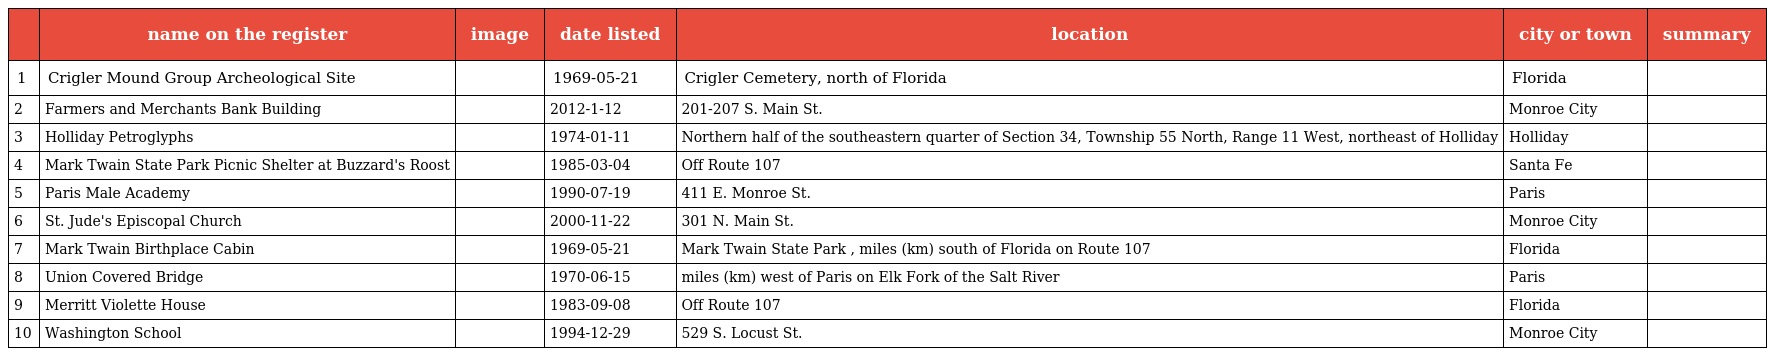
|  | name on the register | image | date listed | location | city or town | summary |
 | --- | --- | --- | --- | --- | --- | --- |
 | 1 | Crigler Mound Group Archeological Site |  | 1969-05-21 | Crigler Cemetery, north of Florida | Florida |  |
 | 2 | Farmers and Merchants Bank Building |  | 2012-1-12 | 201-207 S. Main St. | Monroe City |  |
 | 3 | Holliday Petroglyphs |  | 1974-01-11 | Northern half of the southeastern quarter of Section 34, Township 55 North, Range 11 West, northeast of Holliday | Holliday |  |
 | 4 | Mark Twain State Park Picnic Shelter at Buzzard's Roost |  | 1985-03-04 | Off Route 107 | Santa Fe |  |
 | 5 | Paris Male Academy |  | 1990-07-19 | 411 E. Monroe St. | Paris |  |
 | 6 | St. Jude's Episcopal Church |  | 2000-11-22 | 301 N. Main St. | Monroe City |  |
 | 7 | Mark Twain Birthplace Cabin |  | 1969-05-21 | Mark Twain State Park , miles (km) south of Florida on Route 107 | Florida |  |
 | 8 | Union Covered Bridge |  | 1970-06-15 | miles (km) west of Paris on Elk Fork of the Salt River | Paris |  |
 | 9 | Merritt Violette House |  | 1983-09-08 | Off Route 107 | Florida |  |
 | 10 | Washington School |  | 1994-12-29 | 529 S. Locust St. | Monroe City |  |